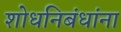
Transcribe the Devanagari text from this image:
शोधनिबंधांना